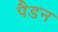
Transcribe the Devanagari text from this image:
पैडन